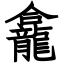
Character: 龕